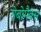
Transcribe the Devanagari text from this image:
रोबोमैक्स